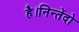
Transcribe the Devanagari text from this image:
है।निन्तेंदो